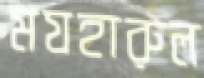
মযহারুল